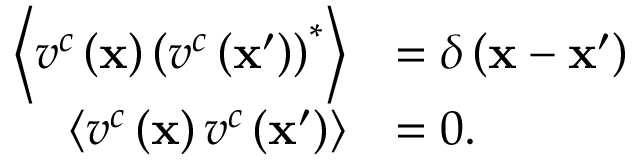
\begin{array} { r l } { \left\langle v ^ { c } \left( \mathbf { x } \right) \left( v ^ { c } \left( \mathbf { x } ^ { \prime } \right) \right) ^ { * } \right\rangle } & { = \delta \left( \mathbf { x } - \mathbf { x } ^ { \prime } \right) } \\ { \left\langle v ^ { c } \left( \mathbf { x } \right) v ^ { c } \left( \mathbf { x } ^ { \prime } \right) \right\rangle } & { = 0 . } \end{array}